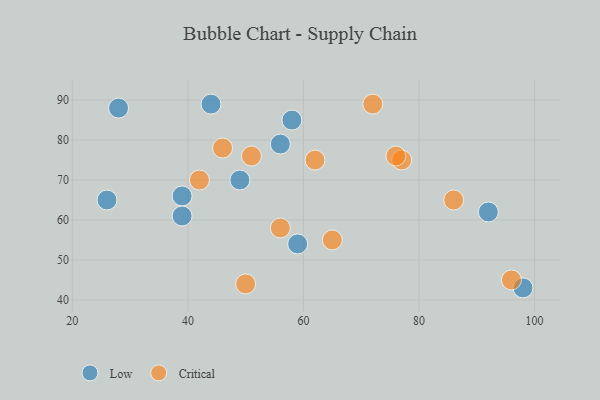
{"axis": {"x": "GDP", "y": "Life Expectancy"}, "legend": ["Critical", "Low"], "data": [{"x": "44", "y": 89, "type": "Low"}, {"x": "92", "y": 62, "type": "Low"}, {"x": "28", "y": 88, "type": "Low"}, {"x": "59", "y": 54, "type": "Low"}, {"x": "26", "y": 65, "type": "Low"}, {"x": "56", "y": 79, "type": "Low"}, {"x": "58", "y": 85, "type": "Low"}, {"x": "39", "y": 66, "type": "Low"}, {"x": "49", "y": 70, "type": "Low"}, {"x": "39", "y": 61, "type": "Low"}, {"x": "98", "y": 43, "type": "Low"}, {"x": "65", "y": 55, "type": "Critical"}, {"x": "77", "y": 75, "type": "Critical"}, {"x": "56", "y": 58, "type": "Critical"}, {"x": "62", "y": 75, "type": "Critical"}, {"x": "51", "y": 76, "type": "Critical"}, {"x": "96", "y": 45, "type": "Critical"}, {"x": "86", "y": 65, "type": "Critical"}, {"x": "42", "y": 70, "type": "Critical"}, {"x": "46", "y": 78, "type": "Critical"}, {"x": "72", "y": 89, "type": "Critical"}, {"x": "50", "y": 44, "type": "Critical"}, {"x": "76", "y": 76, "type": "Critical"}]}